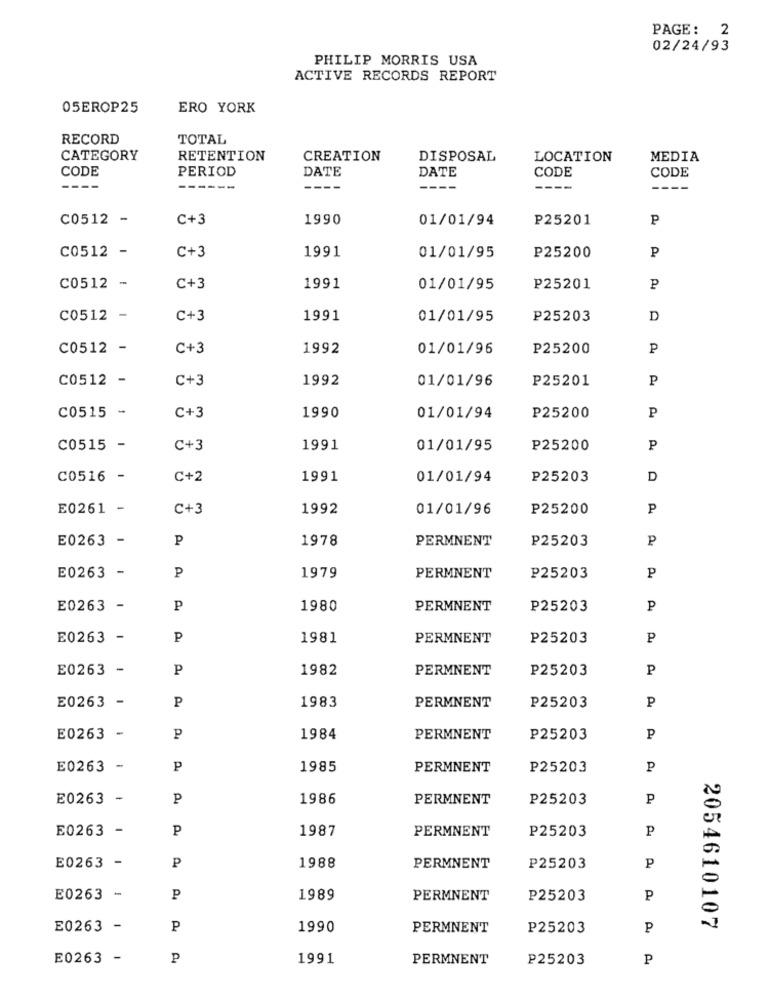
PAGE: 2
02/24/93
PHILIP MORRIS USA
ACTIVE RECORDS REPORT
05EROP25
ERO YORK
RECORD
TOTAL
CATEGORY
RETENTION
CREATION
DISPOSAL
LOCATION
MEDIA
CODE
PERIOD
DATE
DATE
CODE
CODE
----
----.
---.
C0512 -
C+3
1990
01/01/94
P25201
P
C0512 -
C+3
1991
P
01/01/95
P25200
C0512 -
C+3
1991
01/01/95
P25201
P
C0512 -
C+3
1991
01/01/95
P25203
D
C0512 -
C+3
1992
01/01/96
P25200
P
C0512 -
C+3
1992
01/01/96
P25201
P
P
C0515 -
C+3
1990
01/01/94
P25200
C0515 -
C+3
1991
01/01/95
P25200
P
C0516 -
C+2
1991
01/01/94
P25203
D
E0261 -
C+3
1992
01/01/96
P25200
P
E0263 -
P
1978
PERMNENT
P25203
P
P
E0263 -
1979
PERMNENT
₽25203
P
E0263 -
P
1980
PERMNENT
P25203
P
E0263 -
P
1981
PERMNENT
P25203
P
E0263 -
P
1982
PERMNENT
P25203
P
P
1983
E0263 -
PERMNENT
P25203
P
E0263 -
P
1984
PERMNENT
P25203
P
E0263 -
P
1985
PERMNENT
P25203
P
E0263 -
P
1986
PERMNENT
P25203
P
E0263
-
P
1987
P
PERMNENT
P25203
E0263 -
P
1988
PERMNENT
P25203
P
E0263
P
1989
PERMNENT
P25203
P
2054610107
E0263
-
P
1990
PERMNENT
P25203
P
E0263 -
P
1991
PERMNENT
P25203
P